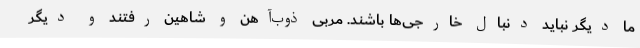
ما دیگر نباید دنبال خارجی‌ها باشند. مربی ذوب‌آهن و شاهین رفتند و دیگر